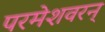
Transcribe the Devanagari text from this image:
परमेशवरन्